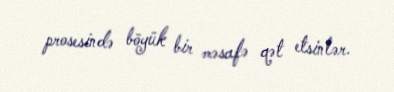
prosesində böyük bir məsafə qət etsinlər.